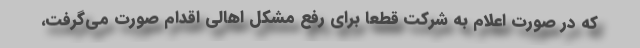
که در صورت اعلام به شرکت قطعا برای رفع مشکل اهالی اقدام صورت می‌گرفت،